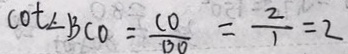
\cot \angle B C O = \frac { C O } { B O } = \frac { 2 } { 1 } = 2